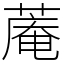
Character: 蓭